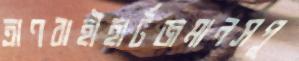
ত্রাণবাহীহার্টজমানসপু